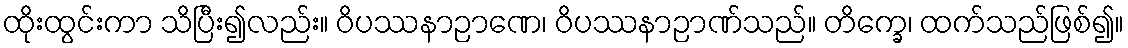
ထိုးထွင်းကာ သိပြီး၍လည်း။ ဝိပဿနာဉာဏေ၊ ဝိပဿနာဉာဏ်သည်။ တိက္ခေ၊ ထက်သည်ဖြစ်၍။